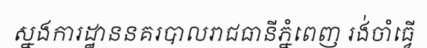
ស្នងការដ្ឋាននគរបាលរាជធានីភ្នំពេញ រង់ចាំធ្វើ